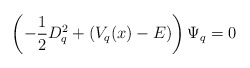
\begin{align*}\left( -\frac{1}{2}D_{q}^{2}+(V_{q}(x)-E)\right) \Psi _{q}=0\end{align*}